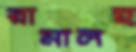
রামালহ